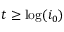
t \geq \log ( i _ { 0 } )